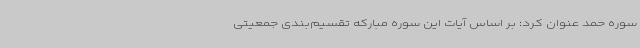
سوره حمد عنوان کرد: بر اساس آیات این سوره مبارکه تقسیم‌بندی جمعیتی